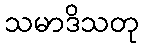
သမာဒိသတု